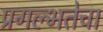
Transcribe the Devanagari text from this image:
प्रगल्‍भतेचा